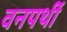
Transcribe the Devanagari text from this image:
वनपर्थी